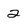
Character: 2